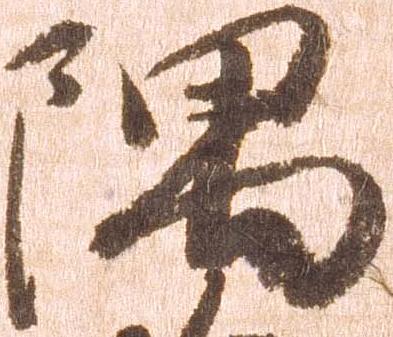
隅